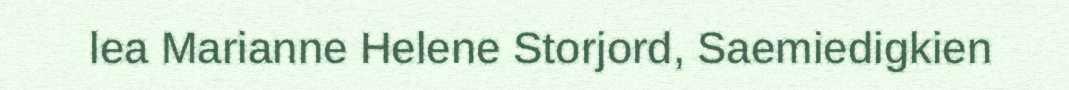
lea Marianne Helene Storjord, Saemiedigkien